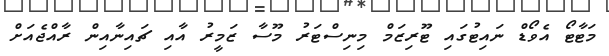
މަޓާޓޯ އެވޯޑް ނައިޓުގައި ޓޫރިޒަމް މިނިސްޓަރު މޫސާ ޒަމީރު އާއި ޗައިނާއިން ރާއްޖެއަށް